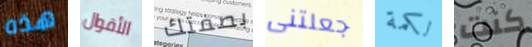
هذه الأقوال بصفتك جعلتنى لكمة كنت